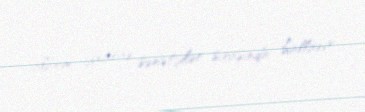
albom çıxaran sənətçilər sırasında hallanır.